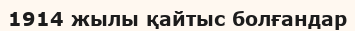
1914 жылы қайтыс болғандар